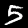
Digit: 5